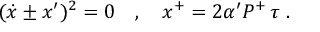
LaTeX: ( \dot { x } \pm x ^ { \prime } ) ^ { 2 } = 0 \ \ \ , \ \ \ x ^ { + } = 2 \alpha ^ { \prime } P ^ { + } \, \tau \ .